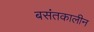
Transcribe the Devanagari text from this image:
बसंतकालीन